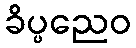
ခိပ္ပညေဝ